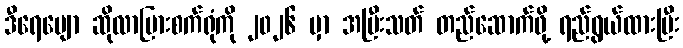
ဒီရေမျော ဆိုလာပြားစက်ရုံကို ၂၀၂၆ မှာ အပြီးသတ် တည်ဆောက်ဖို့ ရည်ရွယ်ထားပြီး